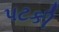
પટકી